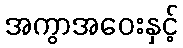
အကွာအဝေးနှင့်